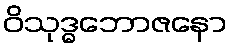
ဝိသုဒ္ဓဘောဇနော